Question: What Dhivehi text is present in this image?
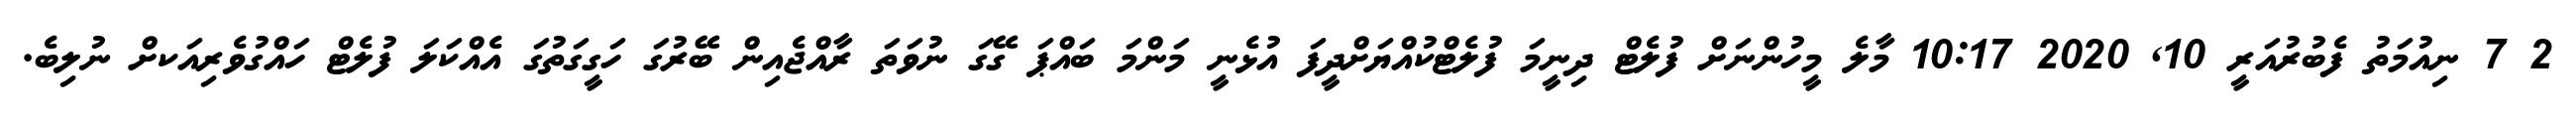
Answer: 2 7 ނިއުމަތު ފެބުރުއަރީ 10, 2020 10:17 މާލެ މީހުންނަށް ފުލެޓް ދިނީމަ ފުލެޓްކުއްޔަށްދީފަ އުޅެނީ މަންމަ ބައްޕަ ގޭގަ ނުވަތަ ރާއްޖެއިން ބޭރުގަ ހަގީގަތުގަ އެއްކަލަ ފުލެޓް ހައްގުވެރިއަކށް ނުލިބެ.